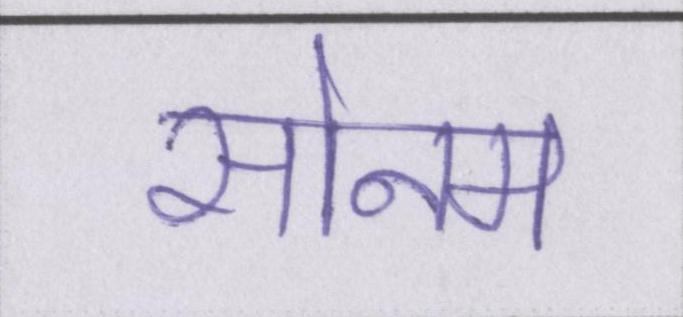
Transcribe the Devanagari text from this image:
सोनम